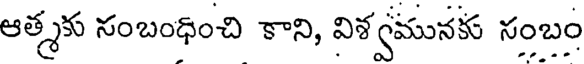
ఆత్మకు సంబంధించి కాని, విశ్వమునకు సంబం